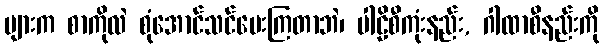
များက စာကိုလဲ စုံအောင်သင်ပေးကြတာဘဲ၊ ပါဠိစီကုံးနည်း, ဂါထာစီနည်းကို